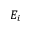
E _ { i }